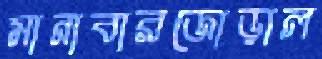
মানাবারজোড়াল